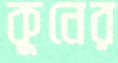
কুনের